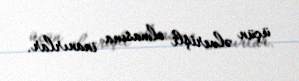
üçün əlverişli olmasına inanırlar.